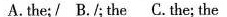
A. the; I B./; the C.the; the